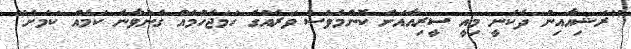
"ރަޝިއާއިން ދެކެނީ މިއީ ސީރިއާއަށް ކޮންމެވެސް ވަރެއްގެ ހަމަޖެހުމެއް ގެނުވާނެ ކަމެއް ކަމަށް"